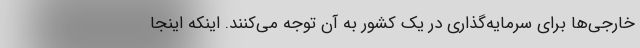
خارجی‌ها برای سرمایه‌گذاری در یک کشور به آن توجه می‌کنند. اینکه اینجا